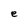
Character: e